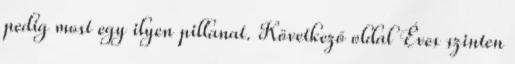
pedig most egy ilyen pillanat. Következő oldal Éves szinten